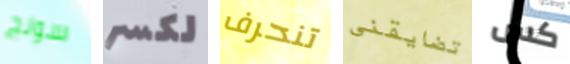
سونج لكسر تنحرف تضايقني كس